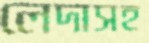
লেদাসহ